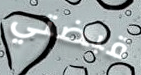
قبضتي